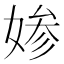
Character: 𡞋